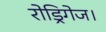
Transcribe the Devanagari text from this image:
रोड्रिगेज।